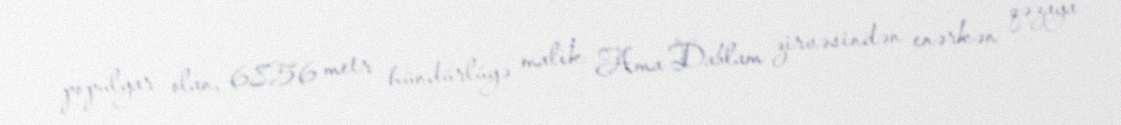
populyar olan, 6856 metr hündürlüyə malik Ama Dablam zirvəsindən enərkən qəzaya